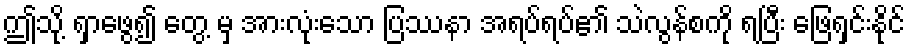
ဤသို့ ရှာဖွေ၍ တွေ့ မှ အားလုံးသော ပြဿနာ အရပ်ရပ်၏ သဲလွန်စကို ရပြီး ဖြေရှင်းနိုင်